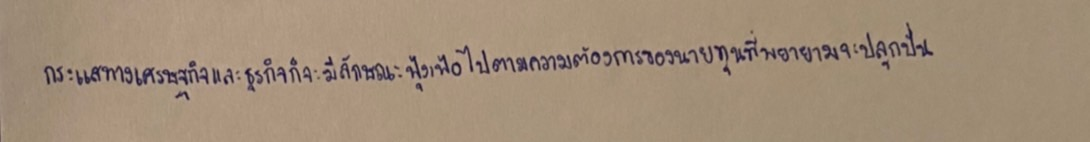
กระแสทางเศรษฐกิจและธุรกิจก็จะมีลักษณะฟุ้งเฟ้อไปตามความต้องการของนายทุนที่พยายามจะปลุกปั่น